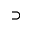
\supset